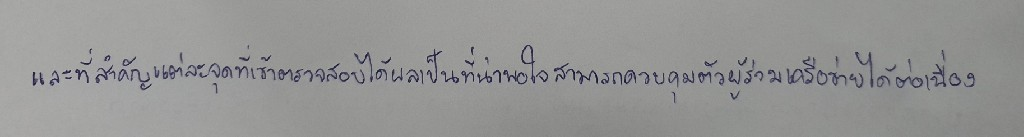
และที่สำคัญแต่ละจุดที่เข้าตรวจสอบได้ผลเป็นที่น่าพอใจสามารถควบคุมตัวผู้ร่วมเครือข่ายได้ต่อเนื่อง